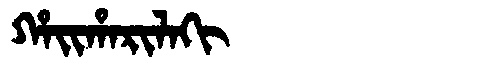
Manchu: ᡥᠠᡳᡥᠠᡵᡳᠯᠠᡴᡳ
Romanization: HAIHARILAKI